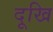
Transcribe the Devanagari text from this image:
दूखि